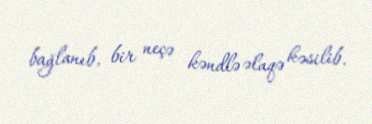
bağlanıb, bir neçə kəndlə əlaqə kəsilib.